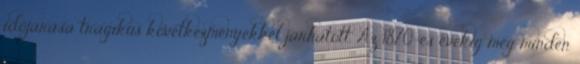
időjárása tragikus következményekkel járhatott. Az 1870-es évekig még minden